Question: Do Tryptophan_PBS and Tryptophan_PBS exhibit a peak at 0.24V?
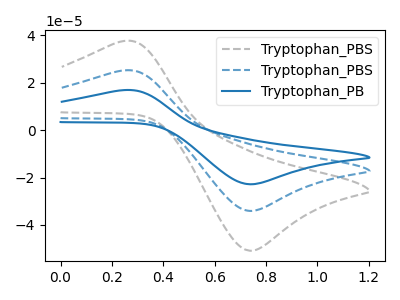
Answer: <think>The gray dashed curve "Tryptophan_PBS" has an anodic peak at (0.25V, 50.30uA) and a cathodic peak at (0.75V, -68.15uA). The blue dashed curve "Tryptophan_PBS" has an anodic peak at (0.25V, 25.15uA) and a cathodic peak at (0.75V, -34.05uA). The blue curve "Tryptophan_PB" has an anodic peak at (0.25V, 16.85uA) and a cathodic peak at (0.75V, -22.85uA).</think>
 <answer>Yes, "Tryptophan_PBS" and "Tryptophan_PBS" share a peak at 0.24V.</answer>
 <eval>match</eval>